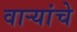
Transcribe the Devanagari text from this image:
वाऱ्यांचे